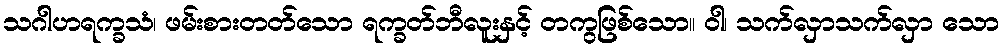
သဂါဟရက္ခသံ၊ ဖမ်းစားတတ်သော ရက္ခတ်ဘီလူးနှင့် တကွဖြစ်သော။ ဝါ၊ သက်လှာသက်လှာ သော